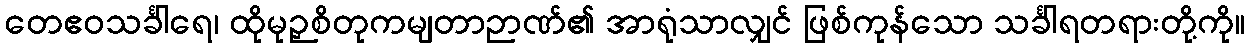
တေဧဝသင်္ခါရေ၊ ထိုမုဉှစိတုကမျတာဉာဏ်၏ အာရုံသာလျှင် ဖြစ်ကုန်သော သင်္ခါရတရားတို့ကို။